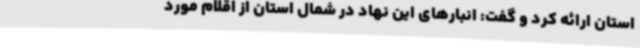
استان ارائه کرد و گفت: انبارهای این نهاد در شمال استان از اقلام مورد